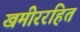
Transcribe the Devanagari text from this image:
खमीररहित